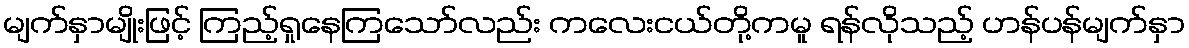
မျက်နှာမျိုးဖြင့် ကြည့်ရှုနေကြသော်လည်း ကလေးငယ်တို့ကမူ ရန်လိုသည့် ဟန်ပန်မျက်နှာ